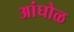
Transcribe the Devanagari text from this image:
अांघोळ